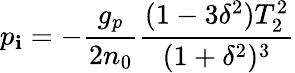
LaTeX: p_{\mathbf{i}}=-\frac{{g_{p}}}{{2n_{0}}}\frac{{(1-3\delta^{2})T_{2}^{2}}}{{(1+\delta^{2})^{3}}}